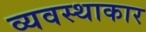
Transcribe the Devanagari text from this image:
व्यवस्थाकार